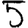
Digit: 5